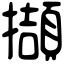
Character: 擷